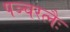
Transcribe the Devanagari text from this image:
पञ्चरत्नैः